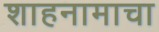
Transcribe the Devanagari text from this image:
शाहनामाचा